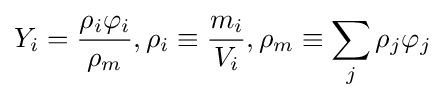
Y_{i}={\frac {\rho _{i}\varphi _{i}}{\rho _{m}}},\rho _{i}\equiv {\frac {m_{i}}{V_{i}}},\rho _{m}\equiv \sum _{j}{\rho _{j}\varphi _{j}}